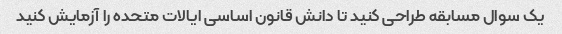
یک سوال مسابقه طراحی کنید تا دانش قانون اساسی ایالات متحده را آزمایش کنید